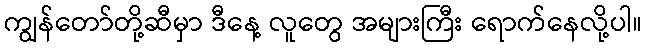
ကျွန်တော်တို့ဆီမှာ ဒီနေ့ လူတွေ အများကြီး ရောက်နေလို့ပါ။